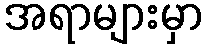
အရာများမှာ